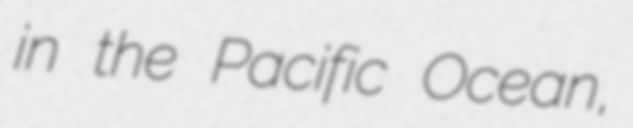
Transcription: in the Pacific Ocean,